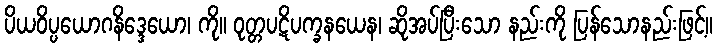
ပိယဝိပ္ပယောဂနိဒ္ဒေယော၊ ကို။ ဝုတ္တပဋိပက္ခနယေန၊ ဆိုအပ်ပြီးသော နည်းကို ပြန်သောနည်းဖြင့်။